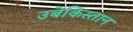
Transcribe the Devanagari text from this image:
उबेकिस्तान